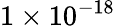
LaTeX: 1\times 10^{-18}